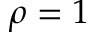
\rho = 1